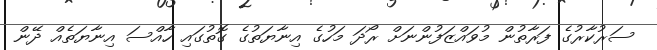
ސަރުކާރުގެ ފަރާތުން މުވައްޒަފުންނަށް ރޯދަ މަހުގެ އިނާޔަތުގެ ގޮތުގައި ހާއްސަ އިނާޔަތެއް ދޭން